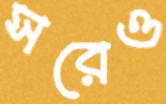
সরেও